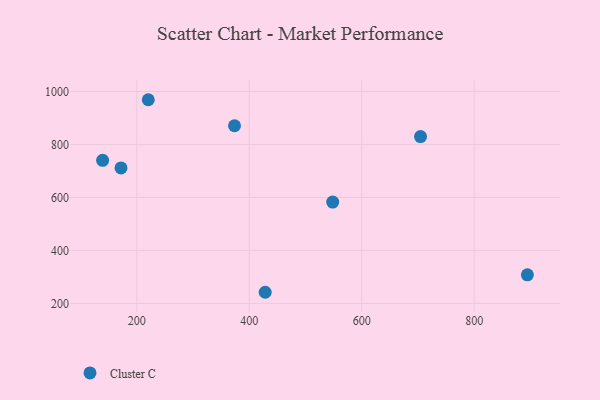
{"axis": {"x": "Speed", "y": "Salary"}, "legend": ["Cluster C"], "data": [{"x": "373.8", "y": 870.6, "type": "Cluster C"}, {"x": "139.3", "y": 740.1, "type": "Cluster C"}, {"x": "704.6", "y": 829.8, "type": "Cluster C"}, {"x": "428.4", "y": 241.9, "type": "Cluster C"}, {"x": "220.5", "y": 968.9, "type": "Cluster C"}, {"x": "172.0", "y": 711.4, "type": "Cluster C"}, {"x": "894.6", "y": 307.7, "type": "Cluster C"}, {"x": "548.4", "y": 582.3, "type": "Cluster C"}]}